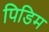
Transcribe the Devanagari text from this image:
पिडिम